Juri_Uluots, lk 66
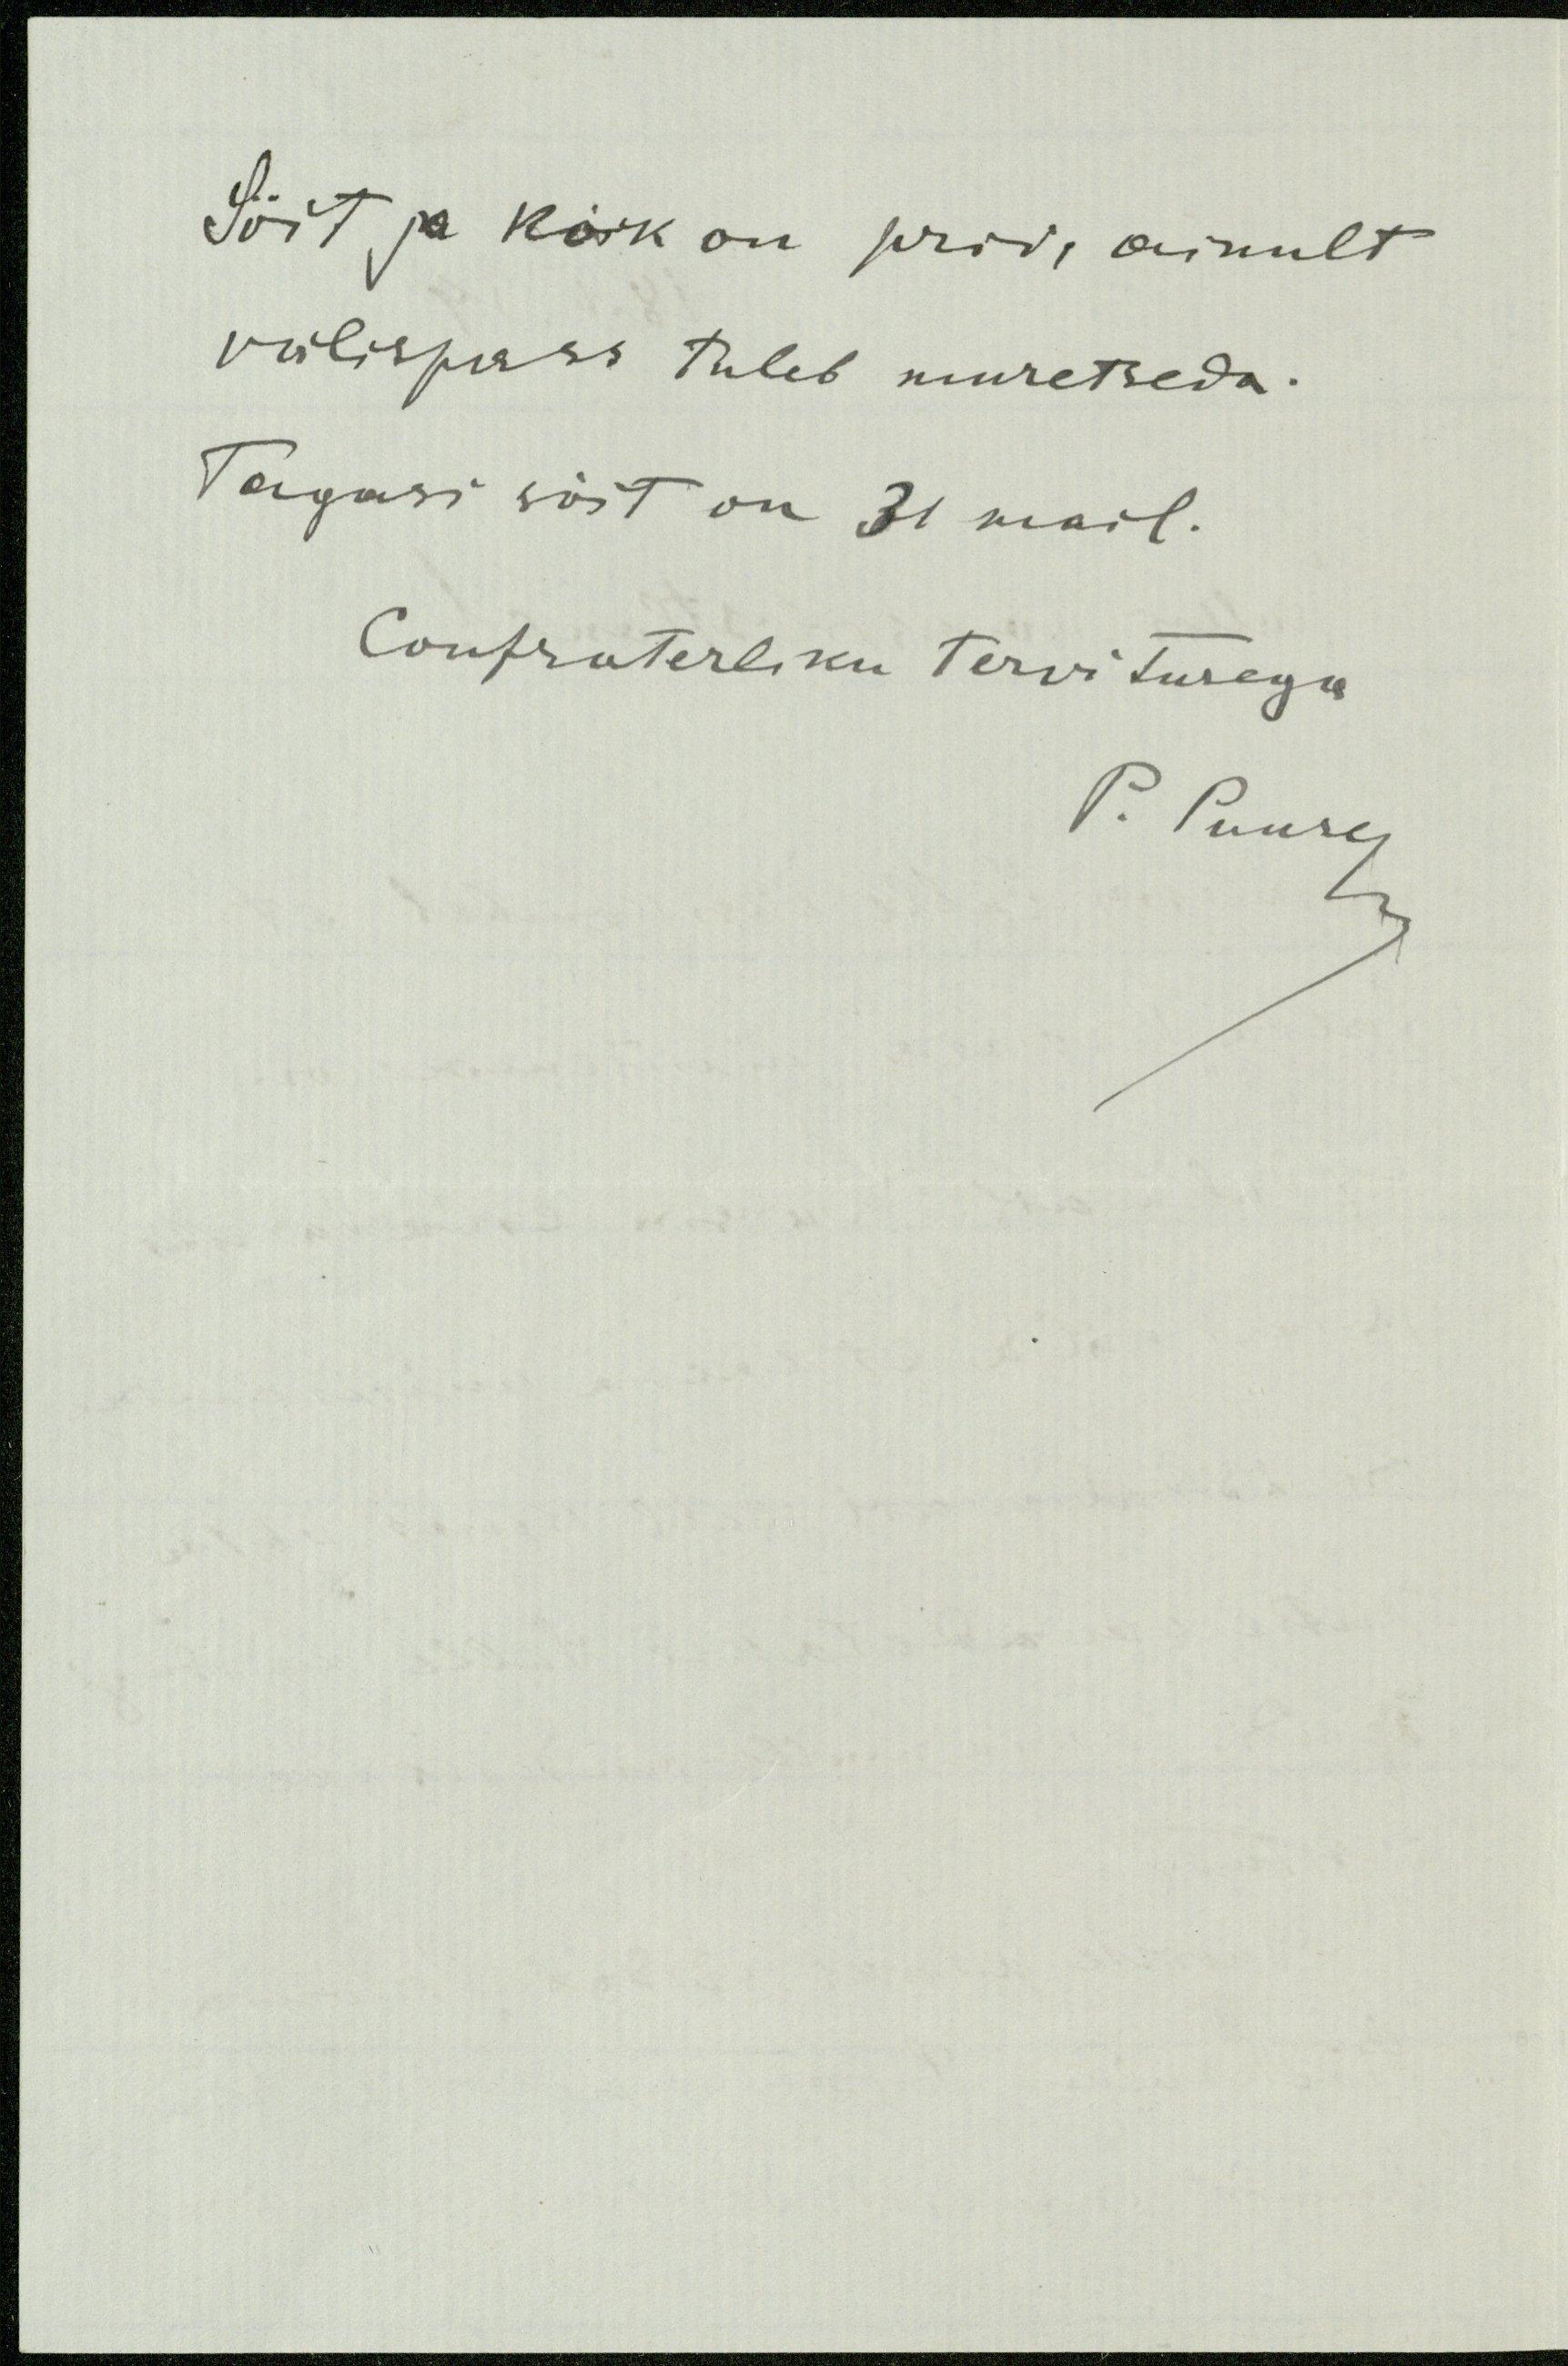
Sõit ja kõik on prii, ainult
välispass tuleb muretseda.
Tagasi sõit on 31 mail.
Confraterliku tervitusega
P. Puusemp